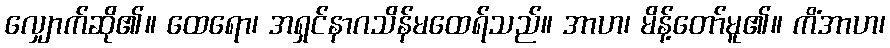
လျှောက်ဆို၏။ ထေရော၊ အရှင်နာဂသိန်မထေရ်သည်။ အာဟ၊ မိန့်တော်မူ၏။ ကိံအာဟ၊